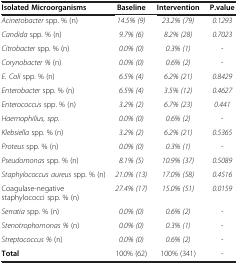
<table><thead><tr><td><b>Isolated Microorganisms</b></td><td><b>Baseline</b></td><td><b>Intervention</b></td><td><b>P.value</b></td></tr></thead><tbody><tr><td><i>Acinetobacter</i> spp. % (n)</td><td><i>14</i>.<i>5% (9)</i></td><td><i>23.2% (79)</i></td><td><i>0.1293</i></td></tr><tr><td><i>Candida</i> spp. % (n)</td><td><i>9.7% (6)</i></td><td><i>8.2% (28)</i></td><td><i>0.7023</i></td></tr><tr><td><i>Citrobacter</i> spp. % (n)</td><td><i>0.0% (0)</i></td><td><i>0.3% (1)</i></td><td>-</td></tr><tr><td><i>Corynobacter %</i> (n)</td><td><i>0.0% (0)</i></td><td><i>0.6% (2)</i></td><td>-</td></tr><tr><td><i>E. Coli</i> spp. % (n)</td><td><i>6.5% (4)</i></td><td><i>6.2% (21)</i></td><td><i>0.8429</i></td></tr><tr><td><i>Enterobacter</i> spp. % (n)</td><td><i>6.5% (4)</i></td><td><i>3.5% (12)</i></td><td><i>0.4627</i></td></tr><tr><td><i>Enterococcus</i> spp. % (n)</td><td><i>3.2% (2)</i></td><td><i>6.7% (23)</i></td><td><i>0.441</i></td></tr><tr><td><i>Haemophilius, spp.</i></td><td><i>0.0% (0)</i></td><td><i>0.6% (2)</i></td><td>-</td></tr><tr><td><i>Klebsiella</i> spp. % (n)</td><td><i>3.2% (2)</i></td><td><i>6.2% (21)</i></td><td><i>0.5365</i></td></tr><tr><td><i>Proteus</i> spp. % (n)</td><td><i>0.0% (0)</i></td><td><i>0.3% (1)</i></td><td>-</td></tr><tr><td><i>Pseudomonas</i> spp. % (n)</td><td><i>8.1% (5)</i></td><td><i>10.9% (37)</i></td><td><i>0.5089</i></td></tr><tr><td><i>Staphylococcus aureus</i> spp. % (n)</td><td><i>21.0% (13)</i></td><td><i>17.0% (58)</i></td><td><i>0.4516</i></td></tr><tr><td>Coagulase-negative staphylococci spp. % (n)</td><td><i>27.4% (17)</i></td><td><i>15.0% (51)</i></td><td><i>0.0159</i></td></tr><tr><td><i>Serratia</i> spp. % (n)</td><td><i>0.0% (0)</i></td><td><i>0.6% (2)</i></td><td>-</td></tr><tr><td><i>Stenotrophomonas %</i> (n)</td><td><i>0.0% (0)</i></td><td><i>0.3% (1)</i></td><td>-</td></tr><tr><td><i>Streptococcus %</i> (n)</td><td><i>0.0% (0)</i></td><td><i>0.6% (2)</i></td><td>-</td></tr><tr><td><b>Total</b></td><td>100% (62)</td><td>100% (341)</td><td>-</td></tr></tbody></table>